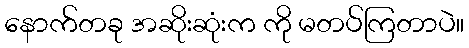
နောက်တခု အဆိုးဆုံးက ကို မတပ်ကြတာပဲ။